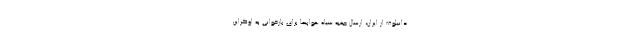
دانیلوف از ایران، ارسال جعبه سیاه هواپیما برای بازخوانی به اوکراین